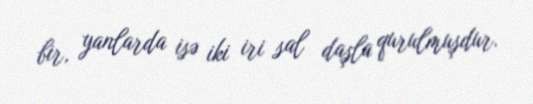
bir, yanlarda isə iki iri sal daşla qurulmuşdur.